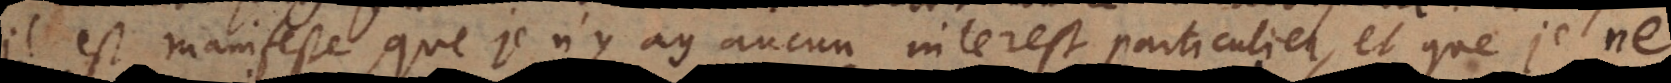
il est manifeste que je n’y ay aucun interest particulier, et que je ne